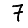
Digit: 7